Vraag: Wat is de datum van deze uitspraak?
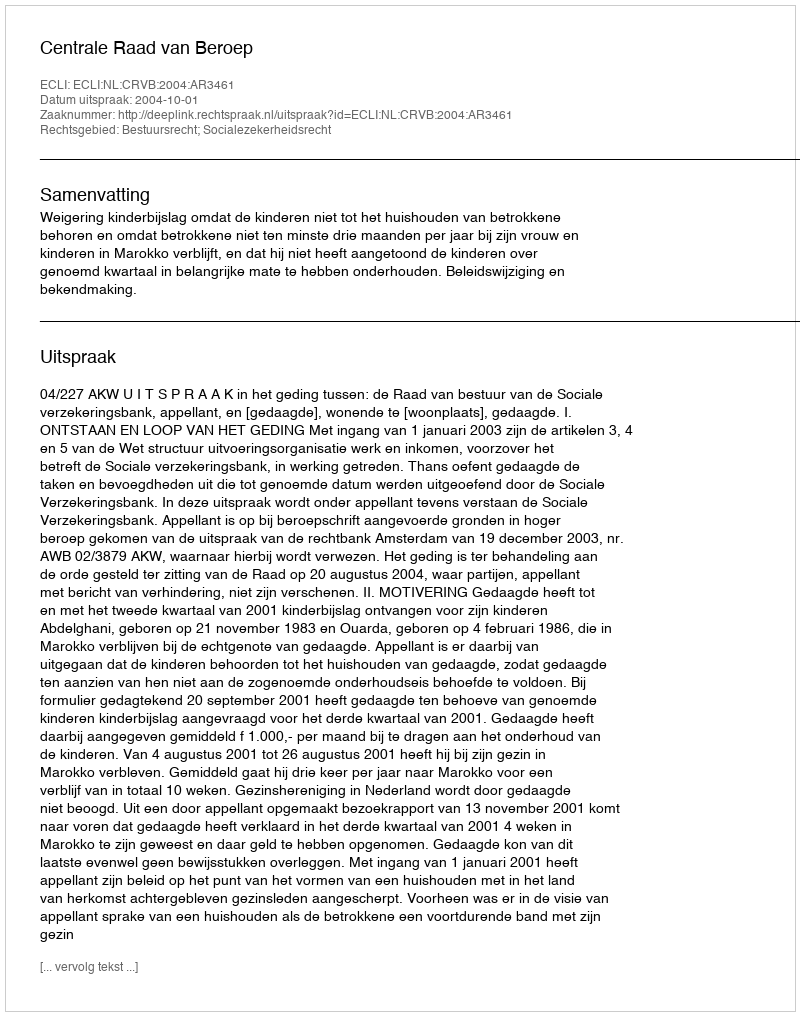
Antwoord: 2004-10-01